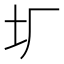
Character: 𡉃